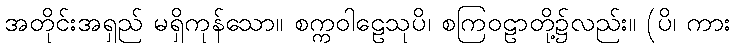
အတိုင်းအရှည် မရှိကုန်သော။ စက္ကဝါဠေသုပိ၊ စကြဝဠာတို့၌လည်း။ (ပိ၊ ကား